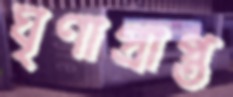
ঘৃণাপ্রাপ্ত